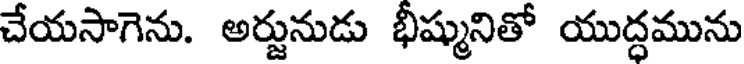
చేయసాగెను. అర్జునుడు భీష్మునితో యుద్ధమును